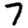
Digit: 7